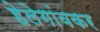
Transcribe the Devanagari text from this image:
हेलेगांवकर